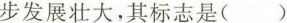
步发展壮大，其标志是()